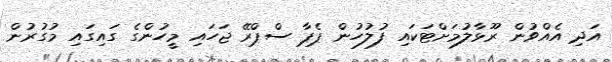
އަދި އެއްވުން ރޫޅާލުމަށްޓަކައި ފުލުހުން ޕެޕާ ސްޕްރޭ ޖަހައި މީހުންގެ ގައިގައި މުގުރުން